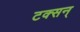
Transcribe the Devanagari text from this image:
टक्सन्